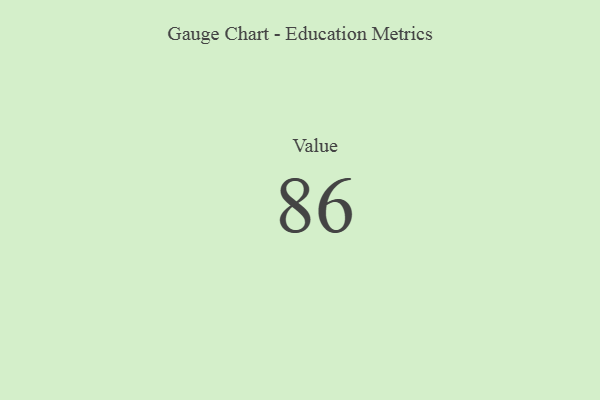
{"axis": {"x": "Metric", "y": "Value"}, "legend": [""], "data": [{"x": "Value", "y": 86, "type": ""}]}